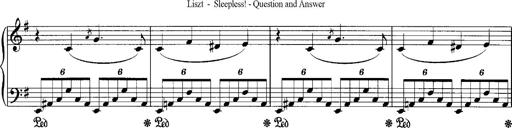
Title: Schlaflos! Frage und Antwort
Composer: Franz Liszt